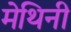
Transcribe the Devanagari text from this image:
मेथिनी